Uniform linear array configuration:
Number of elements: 8
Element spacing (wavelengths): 0.75
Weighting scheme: hamming
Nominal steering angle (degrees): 15
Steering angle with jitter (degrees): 14.381
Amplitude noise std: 0.05
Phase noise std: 0.05

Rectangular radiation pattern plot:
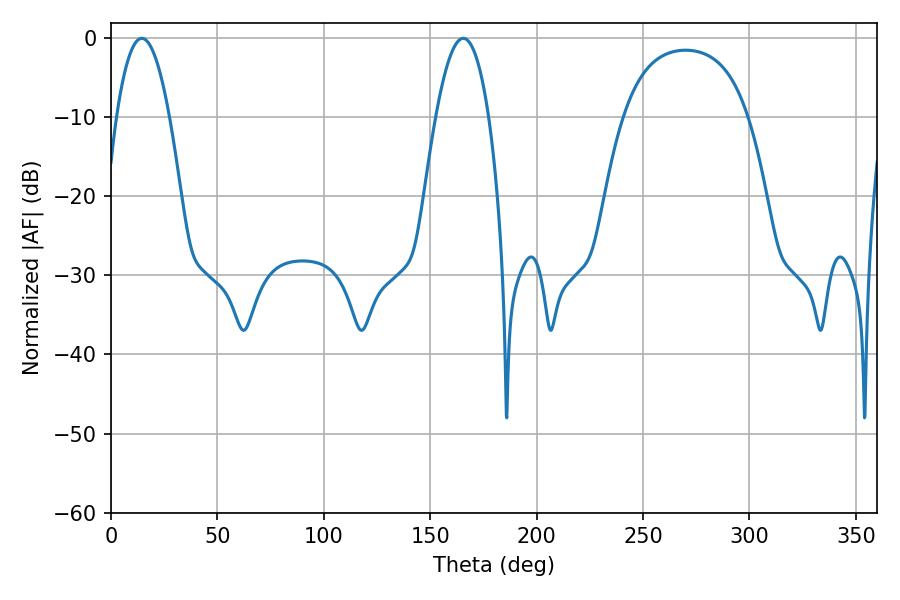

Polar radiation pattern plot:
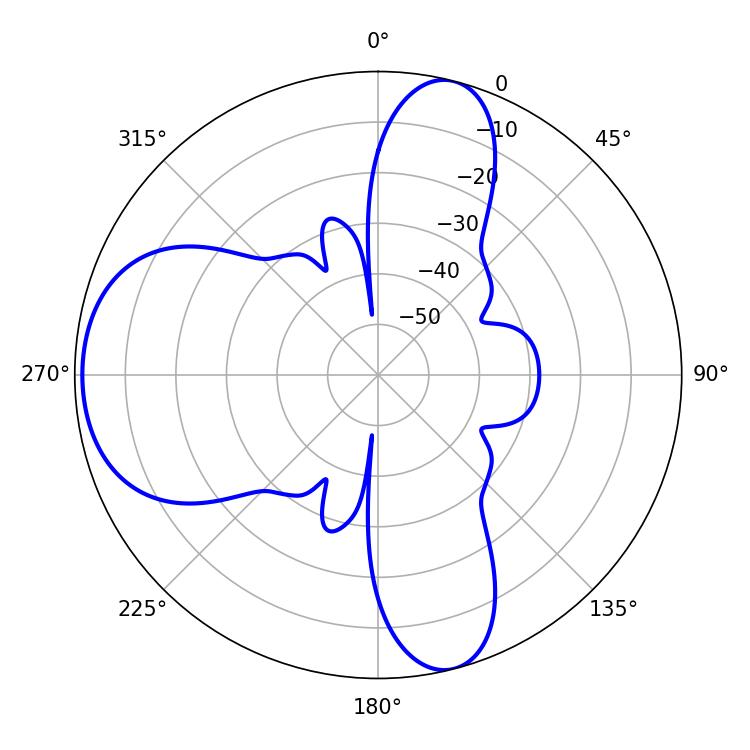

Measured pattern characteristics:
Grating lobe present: TRUE
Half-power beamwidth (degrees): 13.68
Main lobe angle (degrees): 14.4